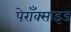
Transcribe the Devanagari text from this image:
पेराँक्साइड